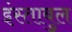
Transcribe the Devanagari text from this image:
इंस्ताबुल